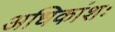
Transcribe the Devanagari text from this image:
अधिकांशः